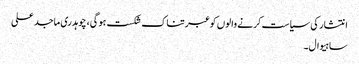
انتشار کی سیاست کرنے والوں کو عبرتناک شکست ہوگی، چوہدری ماجد علی
ساہیوال۔